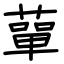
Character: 蕇